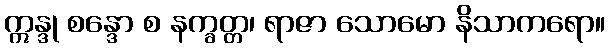
ဣန္ဒု စန္ဒော စ နက္ခတ္တ၊ ရာဇာ သောမော နိသာကရော။